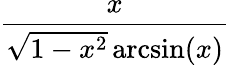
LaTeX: \frac{x}{{\sqrt{1-x^{2}}}\arcsin(x)}